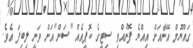
ގައްޔޫމް އޭނާއަށް އިއްޔެ ފޮނުއްވި ސިޓީގެ ކޮޕީއެއް "ސަން"އަށް ވަނީ ލިބިފަ އެވެ.